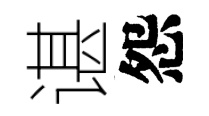
谌怨